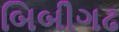
બિબીગઢ